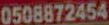
0508872454